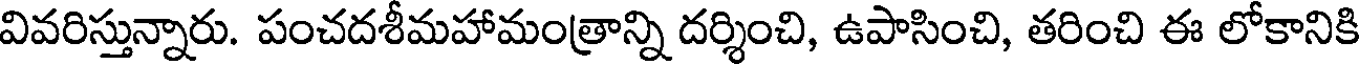
వివరిస్తున్నారు. పంచదశీమహామంత్రాన్ని దర్శించి, ఉపాసించి, తరించి ఈ లోకానికి